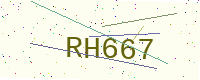
Text: RH667